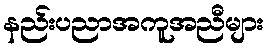
နည်းပညာအကူအညီများ